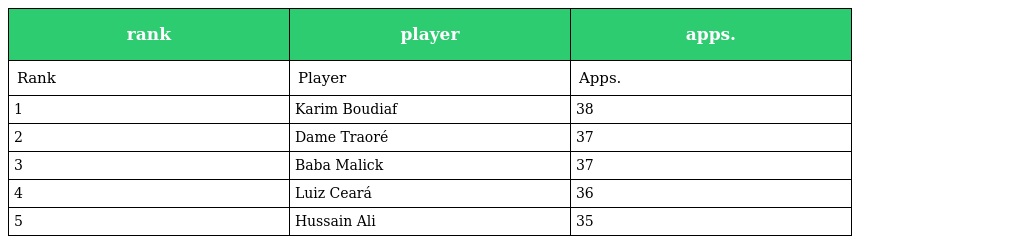
| rank | player | apps. |
 | --- | --- | --- |
 | Rank | Player | Apps. |
 | 1 | Karim Boudiaf | 38 |
 | 2 | Dame Traoré | 37 |
 | 3 | Baba Malick | 37 |
 | 4 | Luiz Ceará | 36 |
 | 5 | Hussain Ali | 35 |